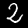
Digit: 2